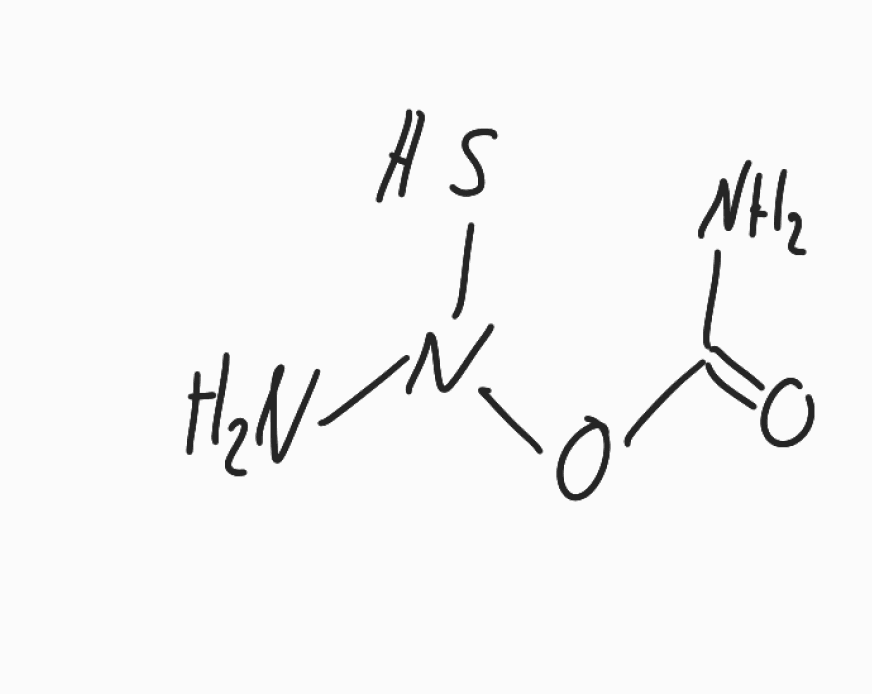
Simplified molecular-input line-entry system (SMILES) notation of the given molecule:
C(=O)(N)ON(N)S